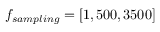
f _ { s a m p l i n g } = [ 1 , 5 0 0 , 3 5 0 0 ]